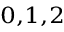
_ { 0 , 1 , 2 }